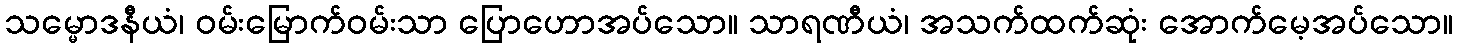
သမ္မောဒနီယံ၊ ဝမ်းမြောက်ဝမ်းသာ ပြောဟောအပ်သော။ သာရဏီယံ၊ အသက်ထက်ဆုံး အောက်မေ့အပ်သော။